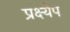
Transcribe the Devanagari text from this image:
प्रक्ष्येप